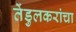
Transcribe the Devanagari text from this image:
तेंडुलकरांचा